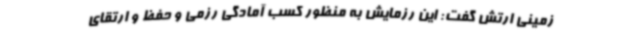
زمینی ارتش گفت: این رزمایش به منظور کسب آمادگی رزمی و حفظ و ارتقای